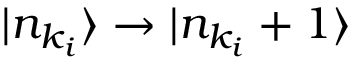
| n _ { k _ { i } } \rangle \rightarrow | n _ { k _ { i } } + 1 \rangle